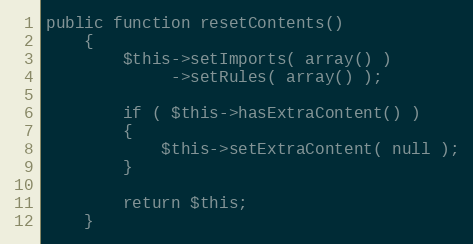
Language: PHP
public function resetContents()
    {
        $this->setImports( array() )
             ->setRules( array() );

        if ( $this->hasExtraContent() )
        {
            $this->setExtraContent( null );
        }

        return $this;
    }